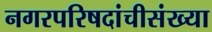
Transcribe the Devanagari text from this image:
नगरपरिषदांचीसंख्या